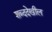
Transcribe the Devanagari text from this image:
शब्ददेखील